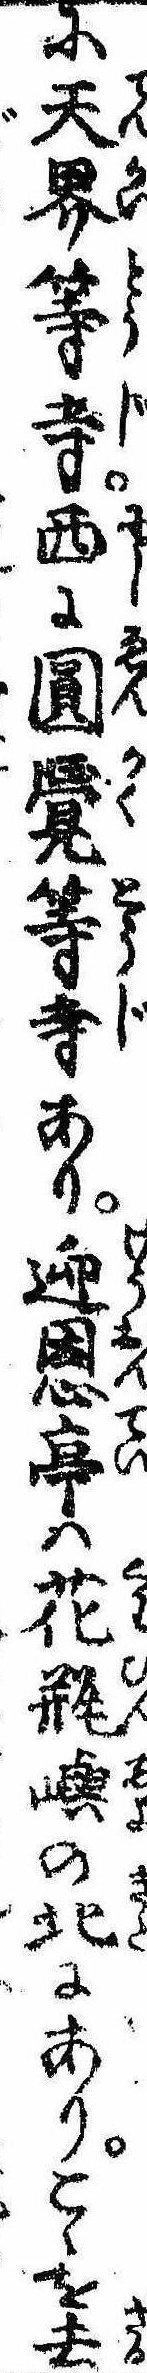
に天界等寺西に円覚等寺あり迎恩亭は花瓶嶼の北にありこゝを去